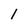
Character: 1